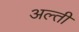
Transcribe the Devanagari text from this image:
अल्ती